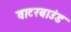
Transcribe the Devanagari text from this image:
वाटरबाउंड